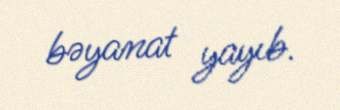
bəyanat yayıb.